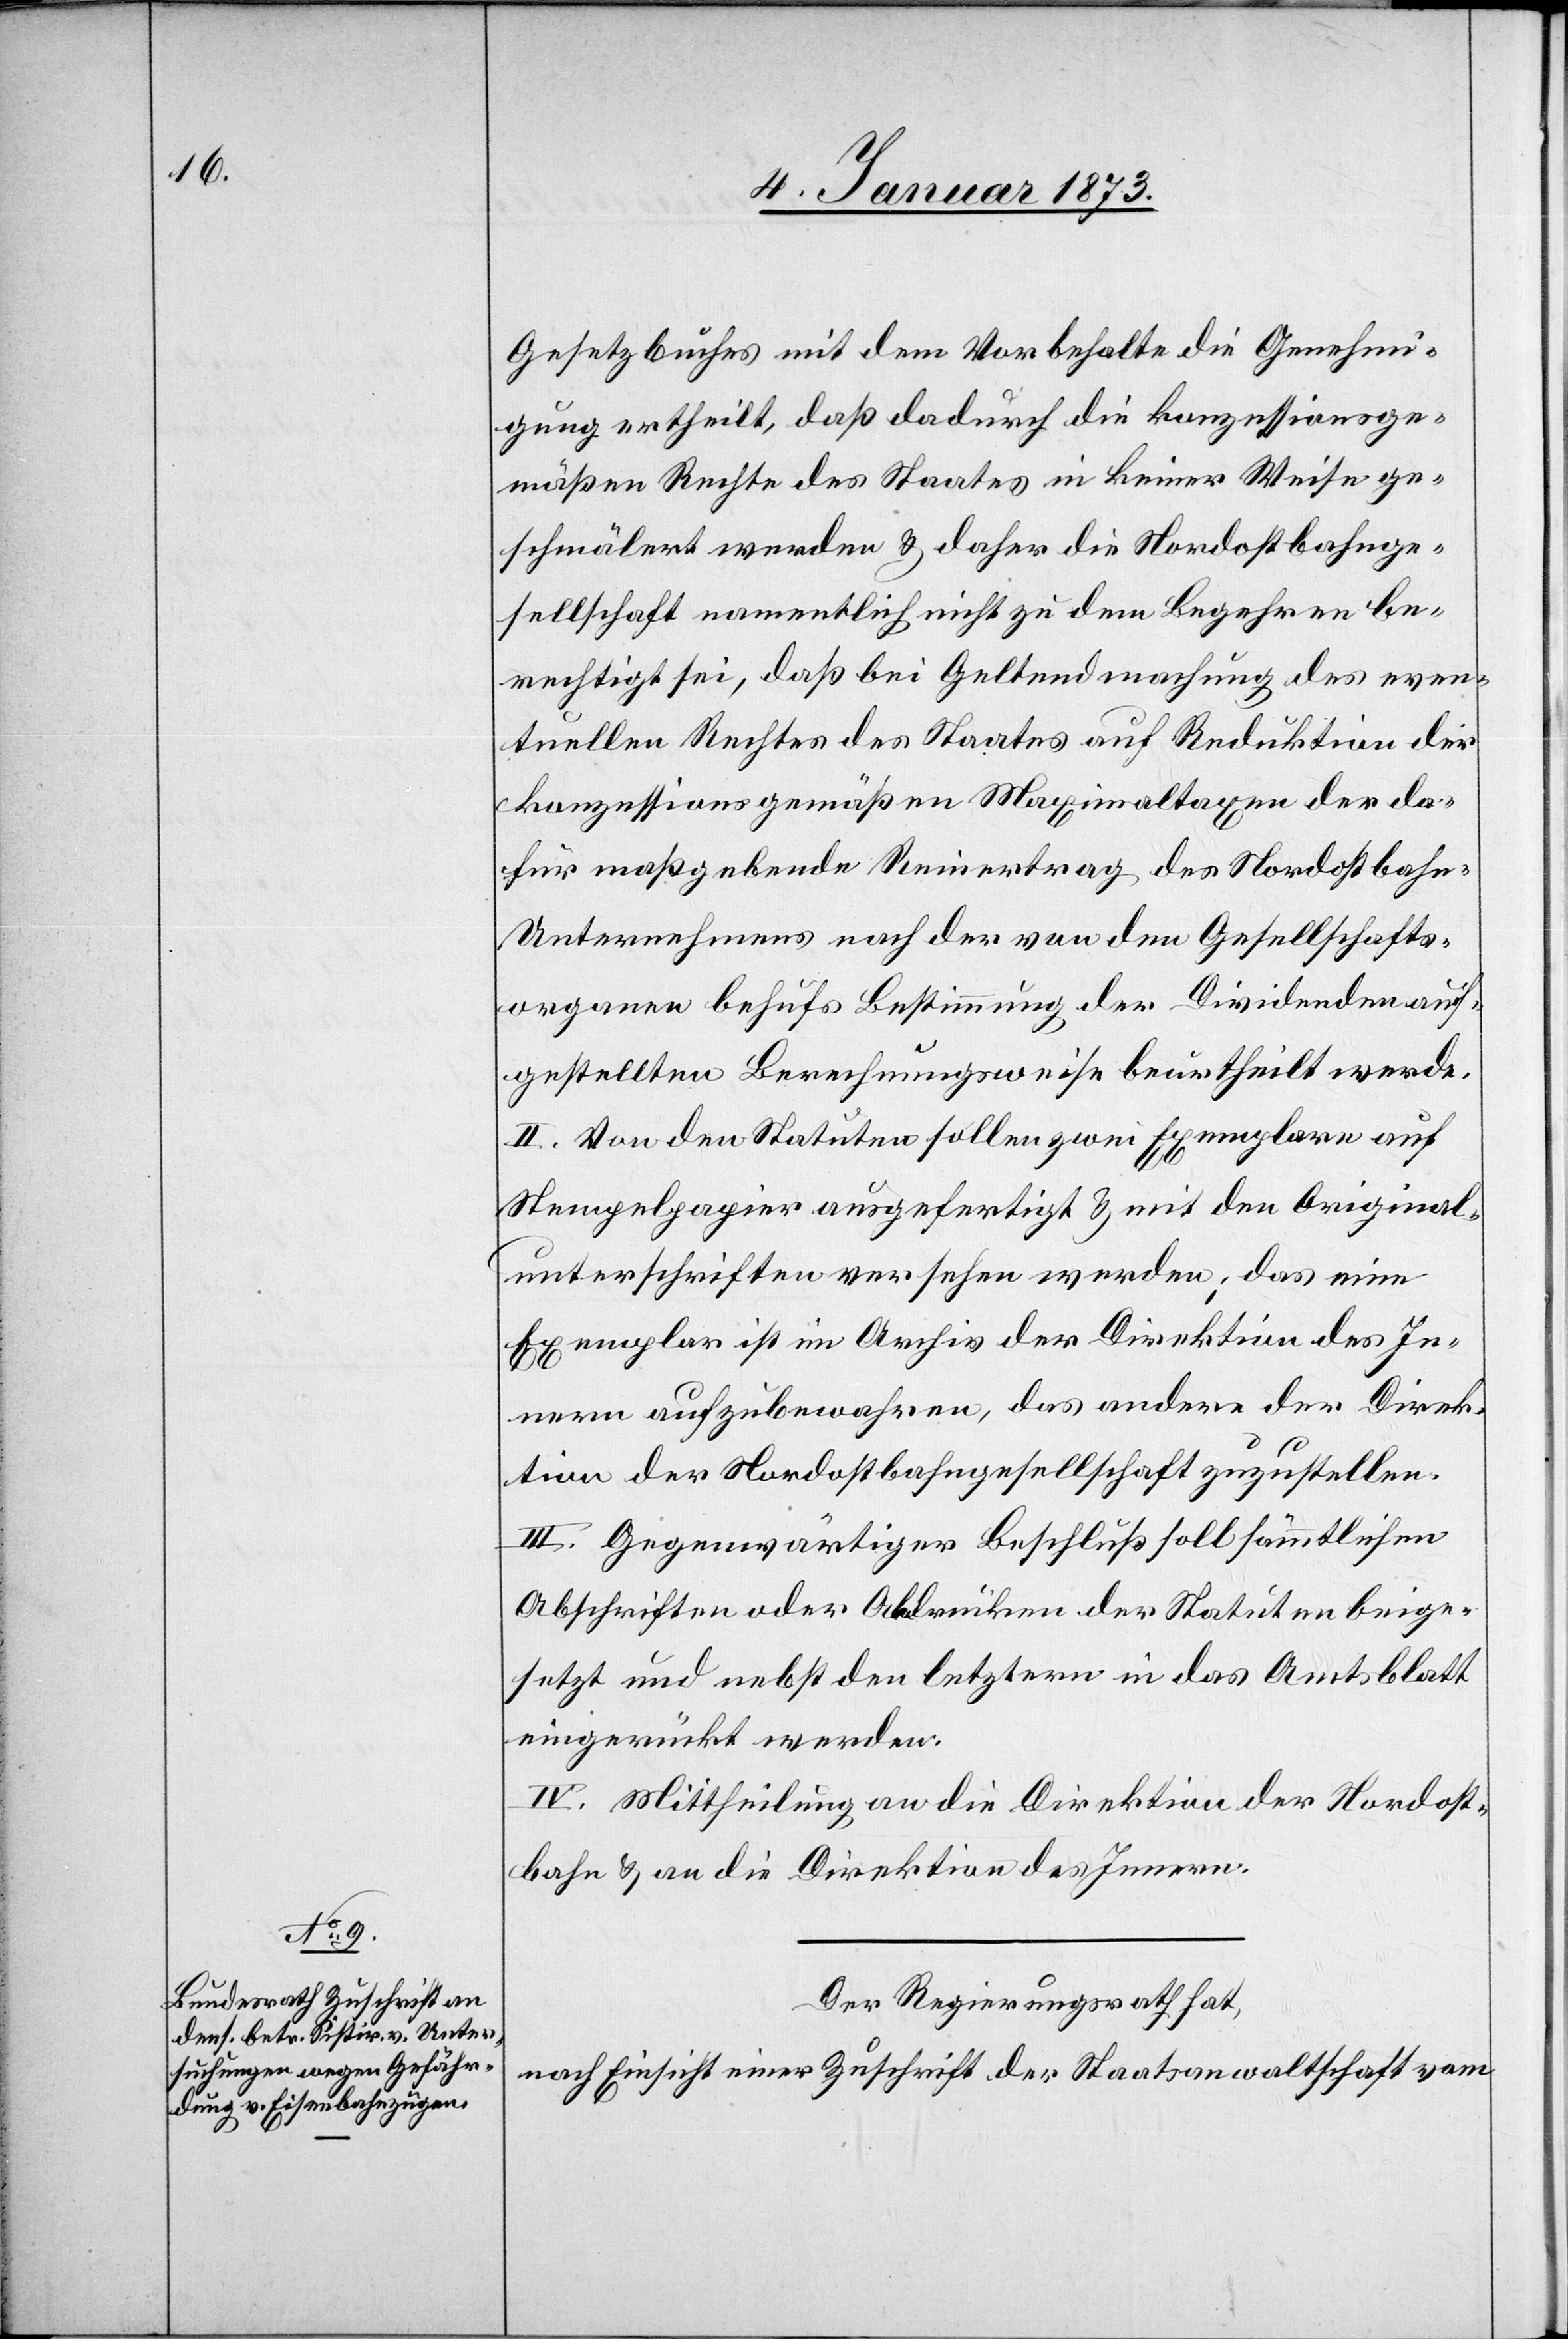
Gesetzbuches mit dem Vorbehalte die Genehmi¬
gung ertheilt, daß dadurch die konzessionsge¬
mäßen Rechte des Staates in keiner Weise ge¬
schmälert werden & daher die Nordostbahnge¬
sellschaft namentlich nicht zu dem Begehren be¬
rechtigt sei, daß bei Geltendmachung des even¬
tuellen Rechtes des Staates auf Reduktion der
konzessionsgemäßen Maximaltaxen der da¬
für maßgebende Reinertrag des Nordostbahn¬
unternehmens nach der von den Gesellschafts¬
organen behufs Bestimmung der Dividenden auf¬
gestellten Berechnungsweise beurtheilt werde.
II. Von den Statuten sollen zwei Exemplare auf
Stempelpapier ausgefertigt & mit den Original¬
unterschriften versehen werden; das eine
Exemplar ist im Archiv der Direktion des In¬
nern aufzubewahren, das andere der Direk¬
tion der Nordostbahngesellschaft zuzustellen.
III. Gegenwärtiger Beschluß soll sämmtlichen
Abschriften oder Abdrücken der Statuten beige¬
setzt und nebst den letztern in das Amtsblatt
eingerückt werden.
IV. Mittheilung an die Direktion der Nordost¬
bahn & an die Direktion des Innern.
Der Regierungsrath hat,
Nach Einsicht einer Zuschrift der Staatsanwaltschaft vom